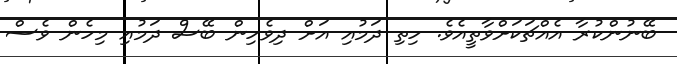
ބޭނުންކުރާ އެއްޗަކަށްވާތީއެވެ. ހިތި ދަމުއި އަށް ދިވެހިން ބޭސް ދަމުއި މިހެން ވެސް